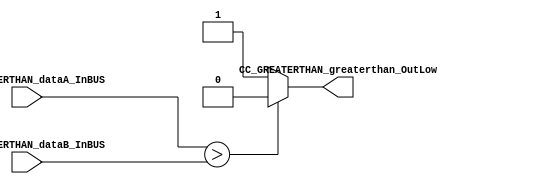
/*######################################################################
//#	G0B1T: HDL EXAMPLES. 2018.
//######################################################################
//# Copyright (C) 2018. F.E.Segura-Quijano (FES) fsegura@uniandes.edu.co
//# 
//# This program is free software: you can redistribute it and/or modify
//# it under the terms of the GNU General Public License as published by
//# the Free Software Foundation, version 3 of the License.
//#
//# This program is distributed in the hope that it will be useful,
//# but WITHOUT ANY WARRANTY; without even the implied warranty of
//# MERCHANTABILITY or FITNESS FOR A PARTICULAR PURPOSE.  See the
//# GNU General Public License for more details.
//#
//# You should have received a copy of the GNU General Public License
//# along with this program.  If not, see <http://www.gnu.org/licenses/>
//####################################################################*/

//=======================================================
//  MODULE Definition
//=======================================================
module CC_GREATERTHAN #(parameter NUMBER_DATAWIDTH = 8)
(
//////////// OUTPUTS //////////
	CC_GREATERTHAN_greaterthan_OutLow,
//////////// INPUTS //////////
	CC_GREATERTHAN_dataA_InBUS,
	CC_GREATERTHAN_dataB_InBUS
);

//=======================================================
//  PARAMETER declarations
//=======================================================

//=======================================================
//  PORT declarations
//=======================================================
output reg CC_GREATERTHAN_greaterthan_OutLow;
input 	[NUMBER_DATAWIDTH-1:0] CC_GREATERTHAN_dataA_InBUS;
input 	[NUMBER_DATAWIDTH-1:0] CC_GREATERTHAN_dataB_InBUS;

//=======================================================
//  REG/WIRE declarations
//=======================================================

//=======================================================
//  Structural coding
//=======================================================
always @(*)
begin
	if (CC_GREATERTHAN_dataA_InBUS > CC_GREATERTHAN_dataB_InBUS)
		CC_GREATERTHAN_greaterthan_OutLow = 1'b0;
	else
		CC_GREATERTHAN_greaterthan_OutLow = 1'b1;
end

endmodule